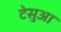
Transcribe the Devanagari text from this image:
टेसुआ